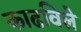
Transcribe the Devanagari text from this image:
काढविले